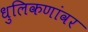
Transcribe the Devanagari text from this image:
धुलिकणांवर